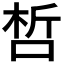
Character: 𠵍